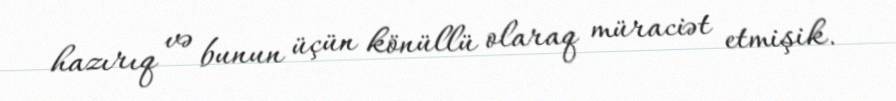
hazırıq və bunun üçün könüllü olaraq müraciət etmişik.